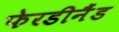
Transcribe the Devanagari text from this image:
फेरडीनैंड